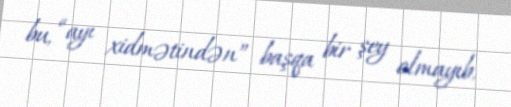
bu, “ayı xidmətindən” başqa bir şey olmayıb.